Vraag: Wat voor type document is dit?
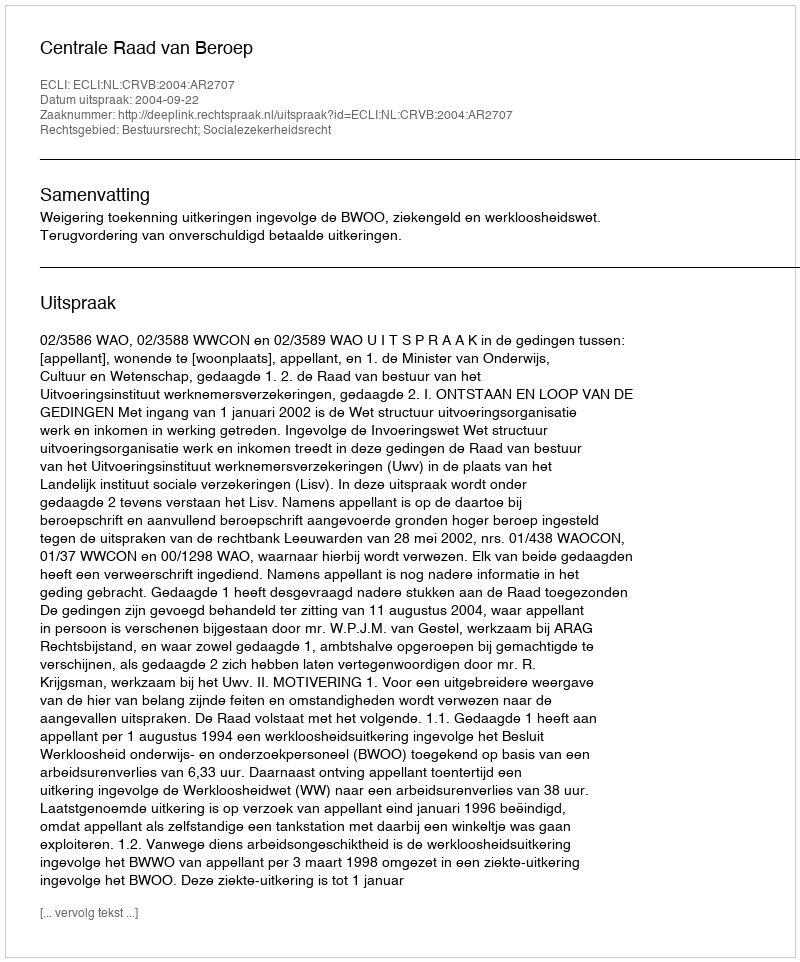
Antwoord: Uitspraak